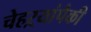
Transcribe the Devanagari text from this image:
चेहऱ्यांपैकी